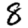
Digit: 8